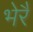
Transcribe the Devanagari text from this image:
भेरैं